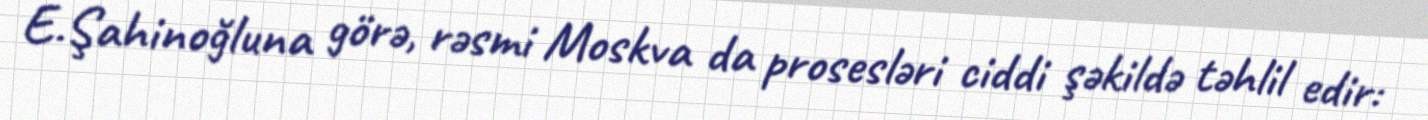
E.Şahinoğluna görə, rəsmi Moskva da prosesləri ciddi şəkildə təhlil edir: